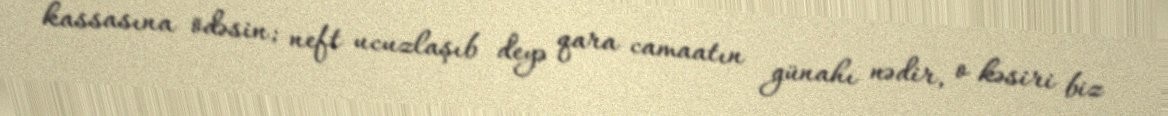
kassasına ödəsin; neft ucuzlaşıb deyə qara camaatın günahı nədir, o kəsiri biz